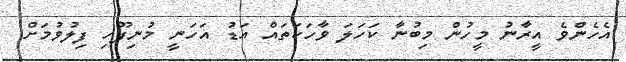
އެހެންވެ އީރާނު މީހުން މިބުނާ ކަހަލަ ވާހަކަތައް އަޑު އަހަނީ މުނިފޫހި ފިލުވުމަށް.